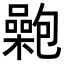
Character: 𡂟